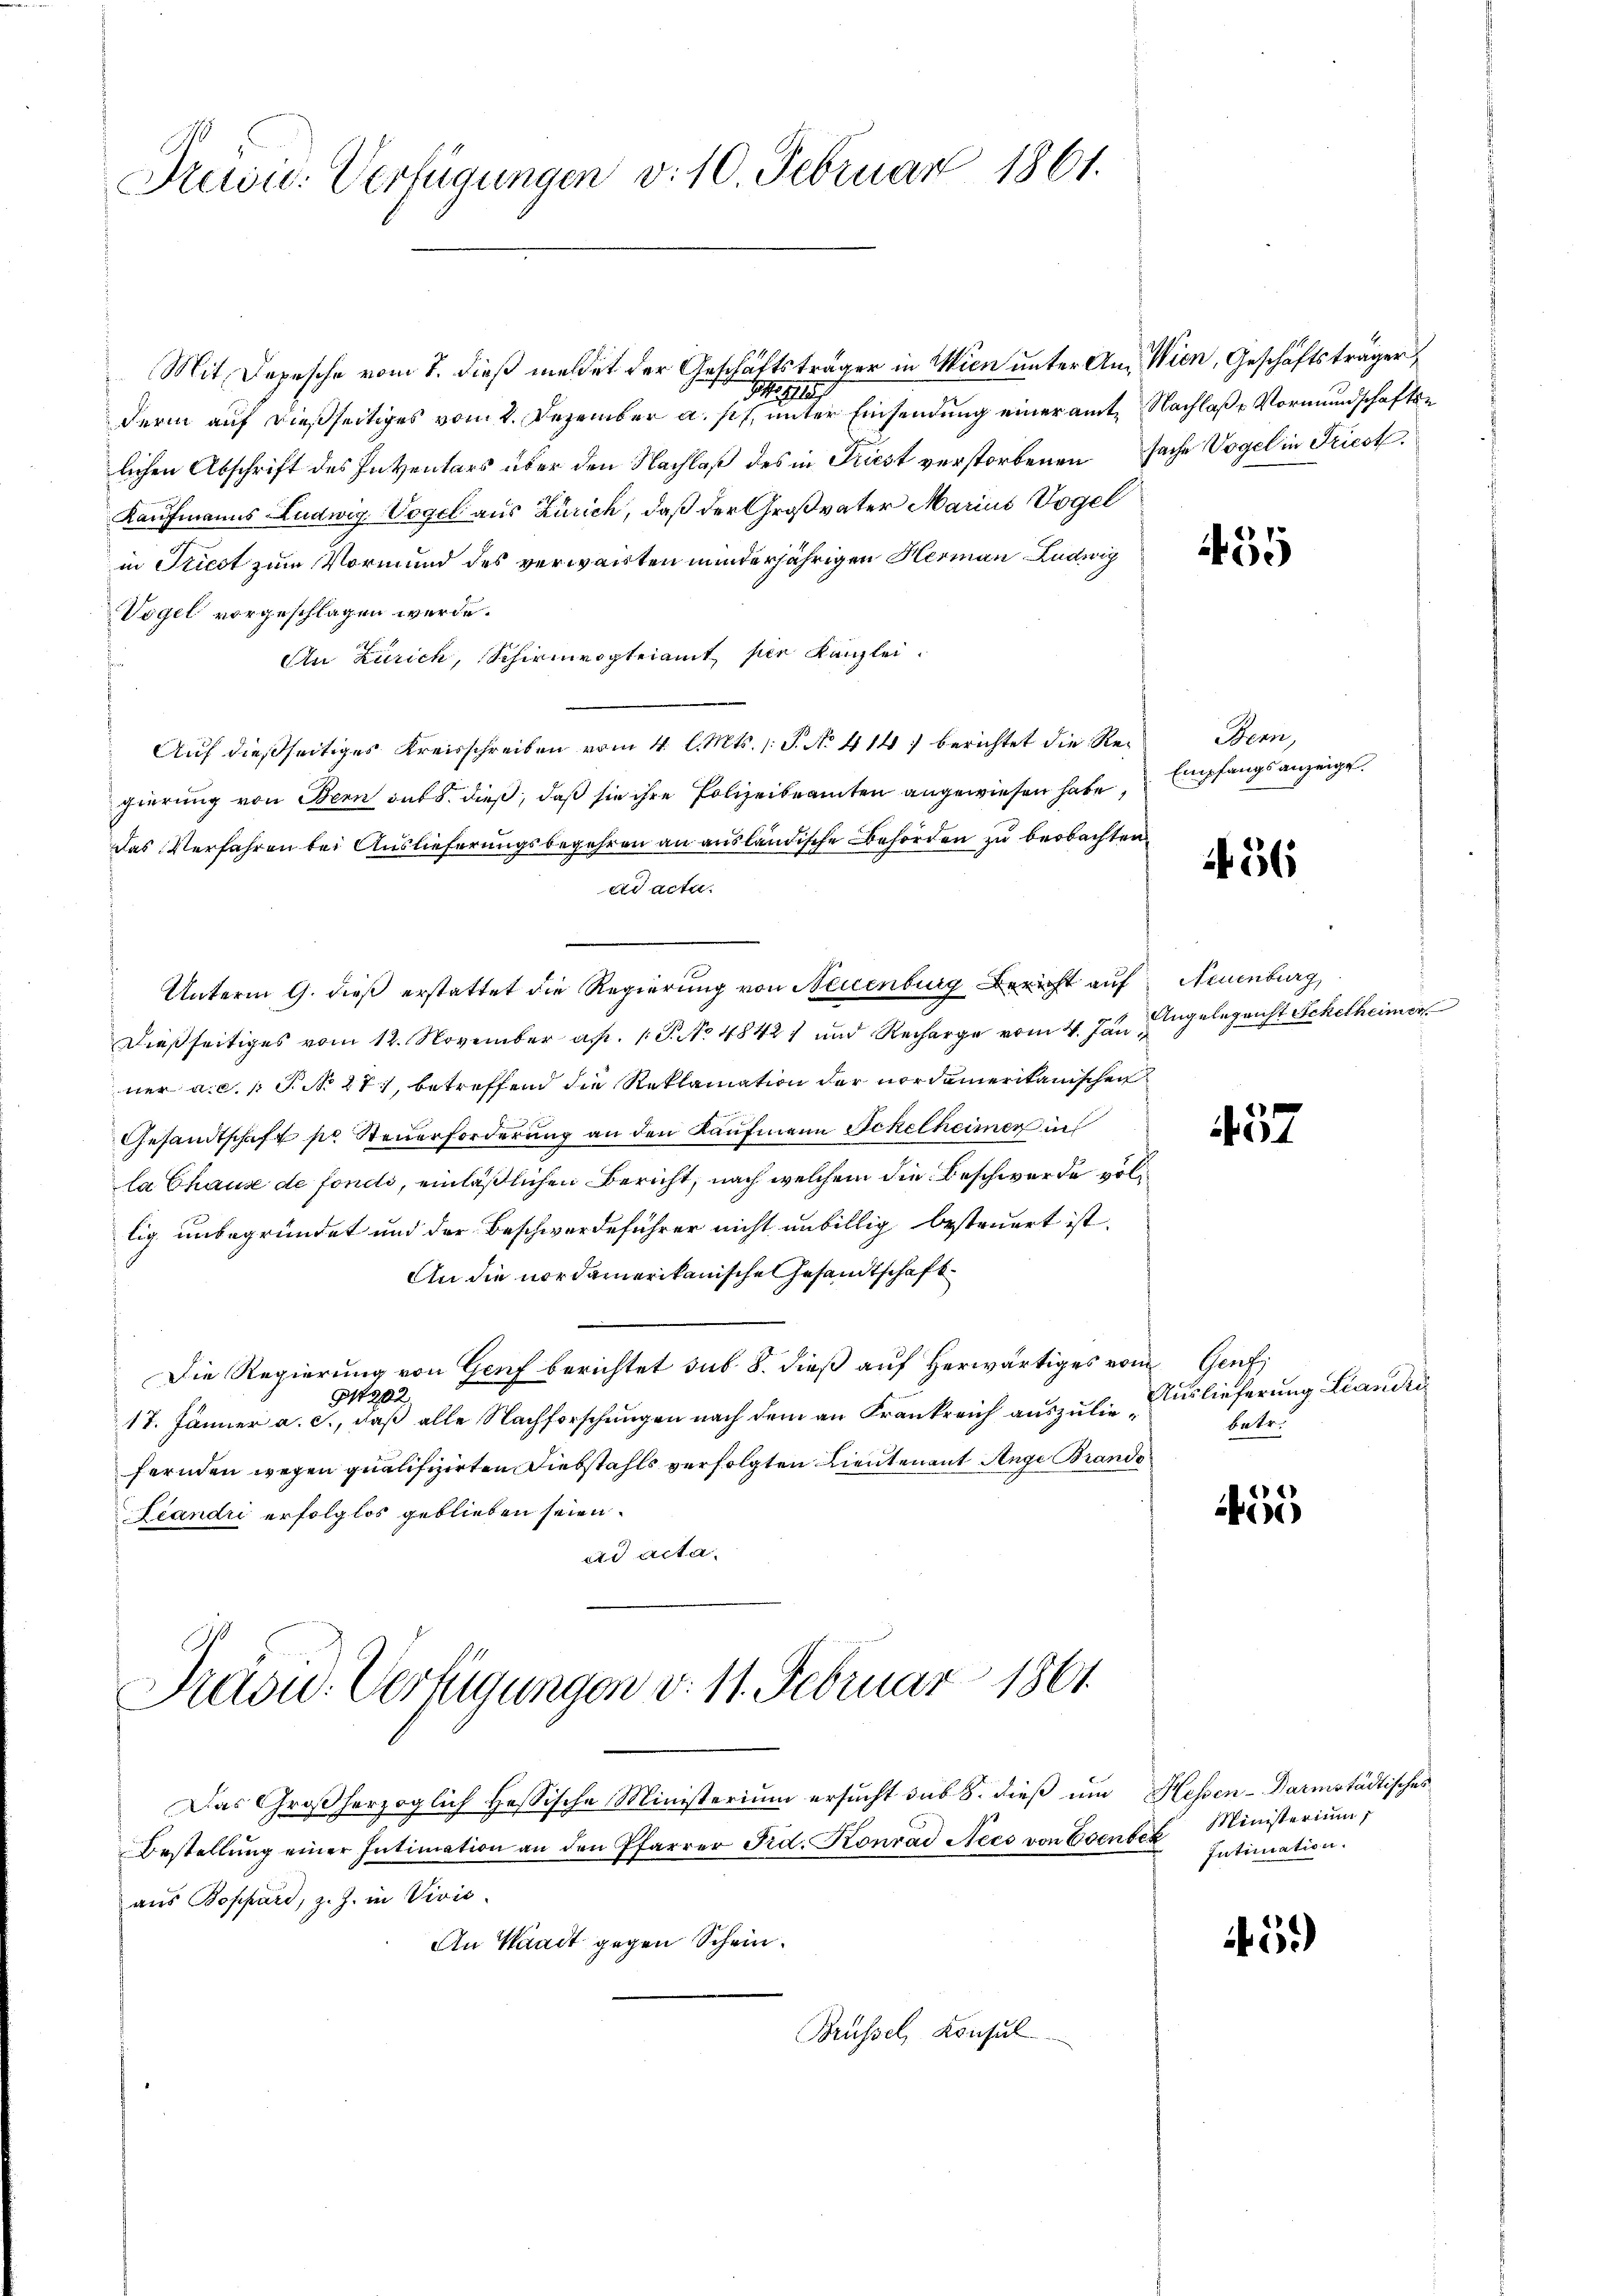
Prusic: Verfügungen v. 10. Februar 1861.

Mit Depesche vom 1. dieß meldet der Geschäftsträger in Wien unter An- Wien, Geschäftsträger
M
derm auf dießseitiges vom 2. Dezember a. s. unter Einsendung einer amte Nachlaß Vormundschaften
lichen Abschrift des Inventars über den Nachlaß des in Priest verstorbenen Sache Vogel in Friest.
Kaufmanns Ludwig. Vogel aus Zürich, daß der Großvater Marius Vogel
in Triest zum Vormund des verwarten minderjährigen Hermann Ludwig
Vogel vorgeschlagen werde.
An Zürich, Schirmvogteiamt per Kanzlei.
Aŭf dießseitiges Kreisschreiben vom 4. l. Mts. 1. J. No. 414. berichtet die Re-Bern,
gierung von Bern sub 8. dieß, daß sie ihre Polizeibeamten angewiesen habe,
Das Verfahren bei Auslieferungsbegehren an ausländische Behörden zu beobachten
ad acta.
Unterm 9. dieß erstattet die Regierung von Neuenburg Bericht auf
Dießseitiges vom 12. November a. p. 1. P. No 48421 und Recharge vom 4. Jun. Angelegenst Schelheimer
ner a.c. P. N. 27, betreffend die Reklamation der nordamerikanischen
Gesandtschaft pr Steuerforderung an den Kaufmann Schelheimer in
la Chause de fonds, einläßlichen Bericht, nach welchem die Beschwerde vollig unbegründet und der Beschwerdeführer nicht unbillig besteuert ist.
An die nordamerikanische Gesandtschaft¬
Die Regierung von Genf berichtet sub. 8. dieβ aŭf herwärtiges vom Gent,
P1202.
17. Jänner a. c., daß alle Nachforschungen nach dem an Frankreich auszuliefernden wegen qualifizirten Diebstahls verfolgten Lieuten mit Auge Brands
Leandri erfolglos geblieben seien.
ad acta.
Pradu. Verfügungen v. 11. Februar 1861
Das Großherzoglich Hessische Ministerium ersucht das S. dieß um Hessen-Darmstädtisches
Bestellŭng einer Intimation an den Pfarrer Fid. Konrad Nees von Esente Ministeriŭm
aus Boppard, z. Z. in Vivić-
An Waadt gegen Schein.
Brüssel, Konsul

439

Empfangsanzeige

256

Neuenburg

57

Auslieferung Landri
betr.

4

Intimation.

59)